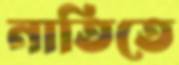
নাতিতে